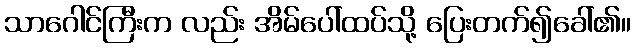
သာဂေါင်ကြီးက လည်း အိမ်ပေါ်ထပ်သို့ ပြေးတက်၍ခေါ်၏။